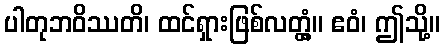
ပါတုဘဝိဿတိ၊ ထင်ရှားဖြစ်လတ္တံ့။ ဧဝံ၊ ဤသို့။